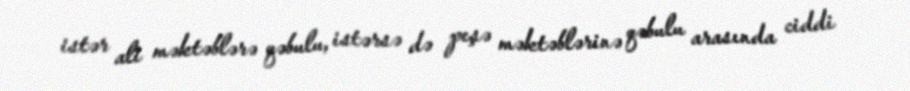
istər ali məktəblərə qəbulu, istərsə də peşə məktəblərinə qəbulu arasında ciddi